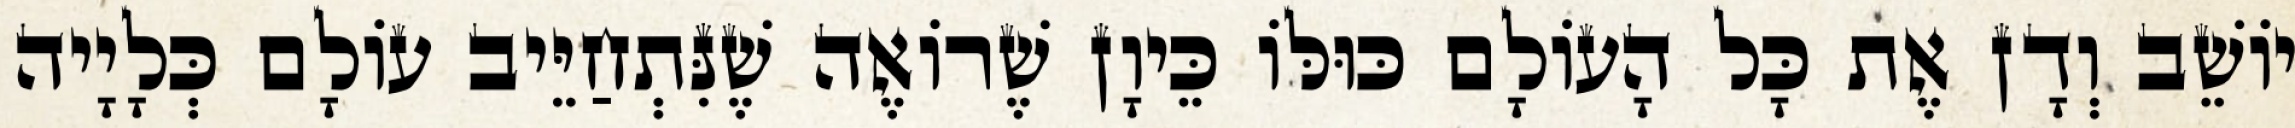
יוֹשֵׁב וְדָן אֶת כָּל הָעוֹלָם כּוּלּוֹ כֵּיוָן שֶׁרוֹאֶה שֶׁנִּתְחַיֵּיב עוֹלָם כְּלָיָיה